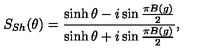
S _ { S h } ( \theta ) = \frac { \sinh \theta - i \sin \frac { \pi B ( g ) } { 2 } } { \sinh \theta + i \sin \frac { \pi B ( g ) } { 2 } } ,